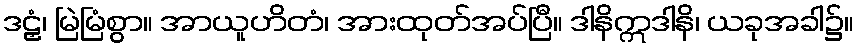
ဒဠှံ၊ မြဲမြံစွာ။ အာယူဟိတံ၊ အားထုတ်အပ်ပြီ။ ဒါနိဣဒါနိ၊ ယခုအခါ၌။